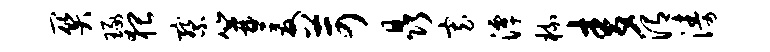
关琢猥察篝爰苛晶寡潭梳麦渭涛